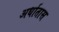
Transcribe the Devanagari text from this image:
अर्धातास